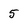
Character: 5